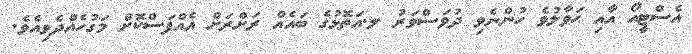
އެސްޓީއޯ އާއި ޙަވާލުވެ ހުންނެވި ދުވަސްވަރު ލ.އަތޮޅުގެ ބައެއް ރަށްރަށް އެއްފަސްކޮށް މަގުހެއްދެވިއެވެ.